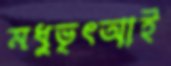
মধুভৃৎআই